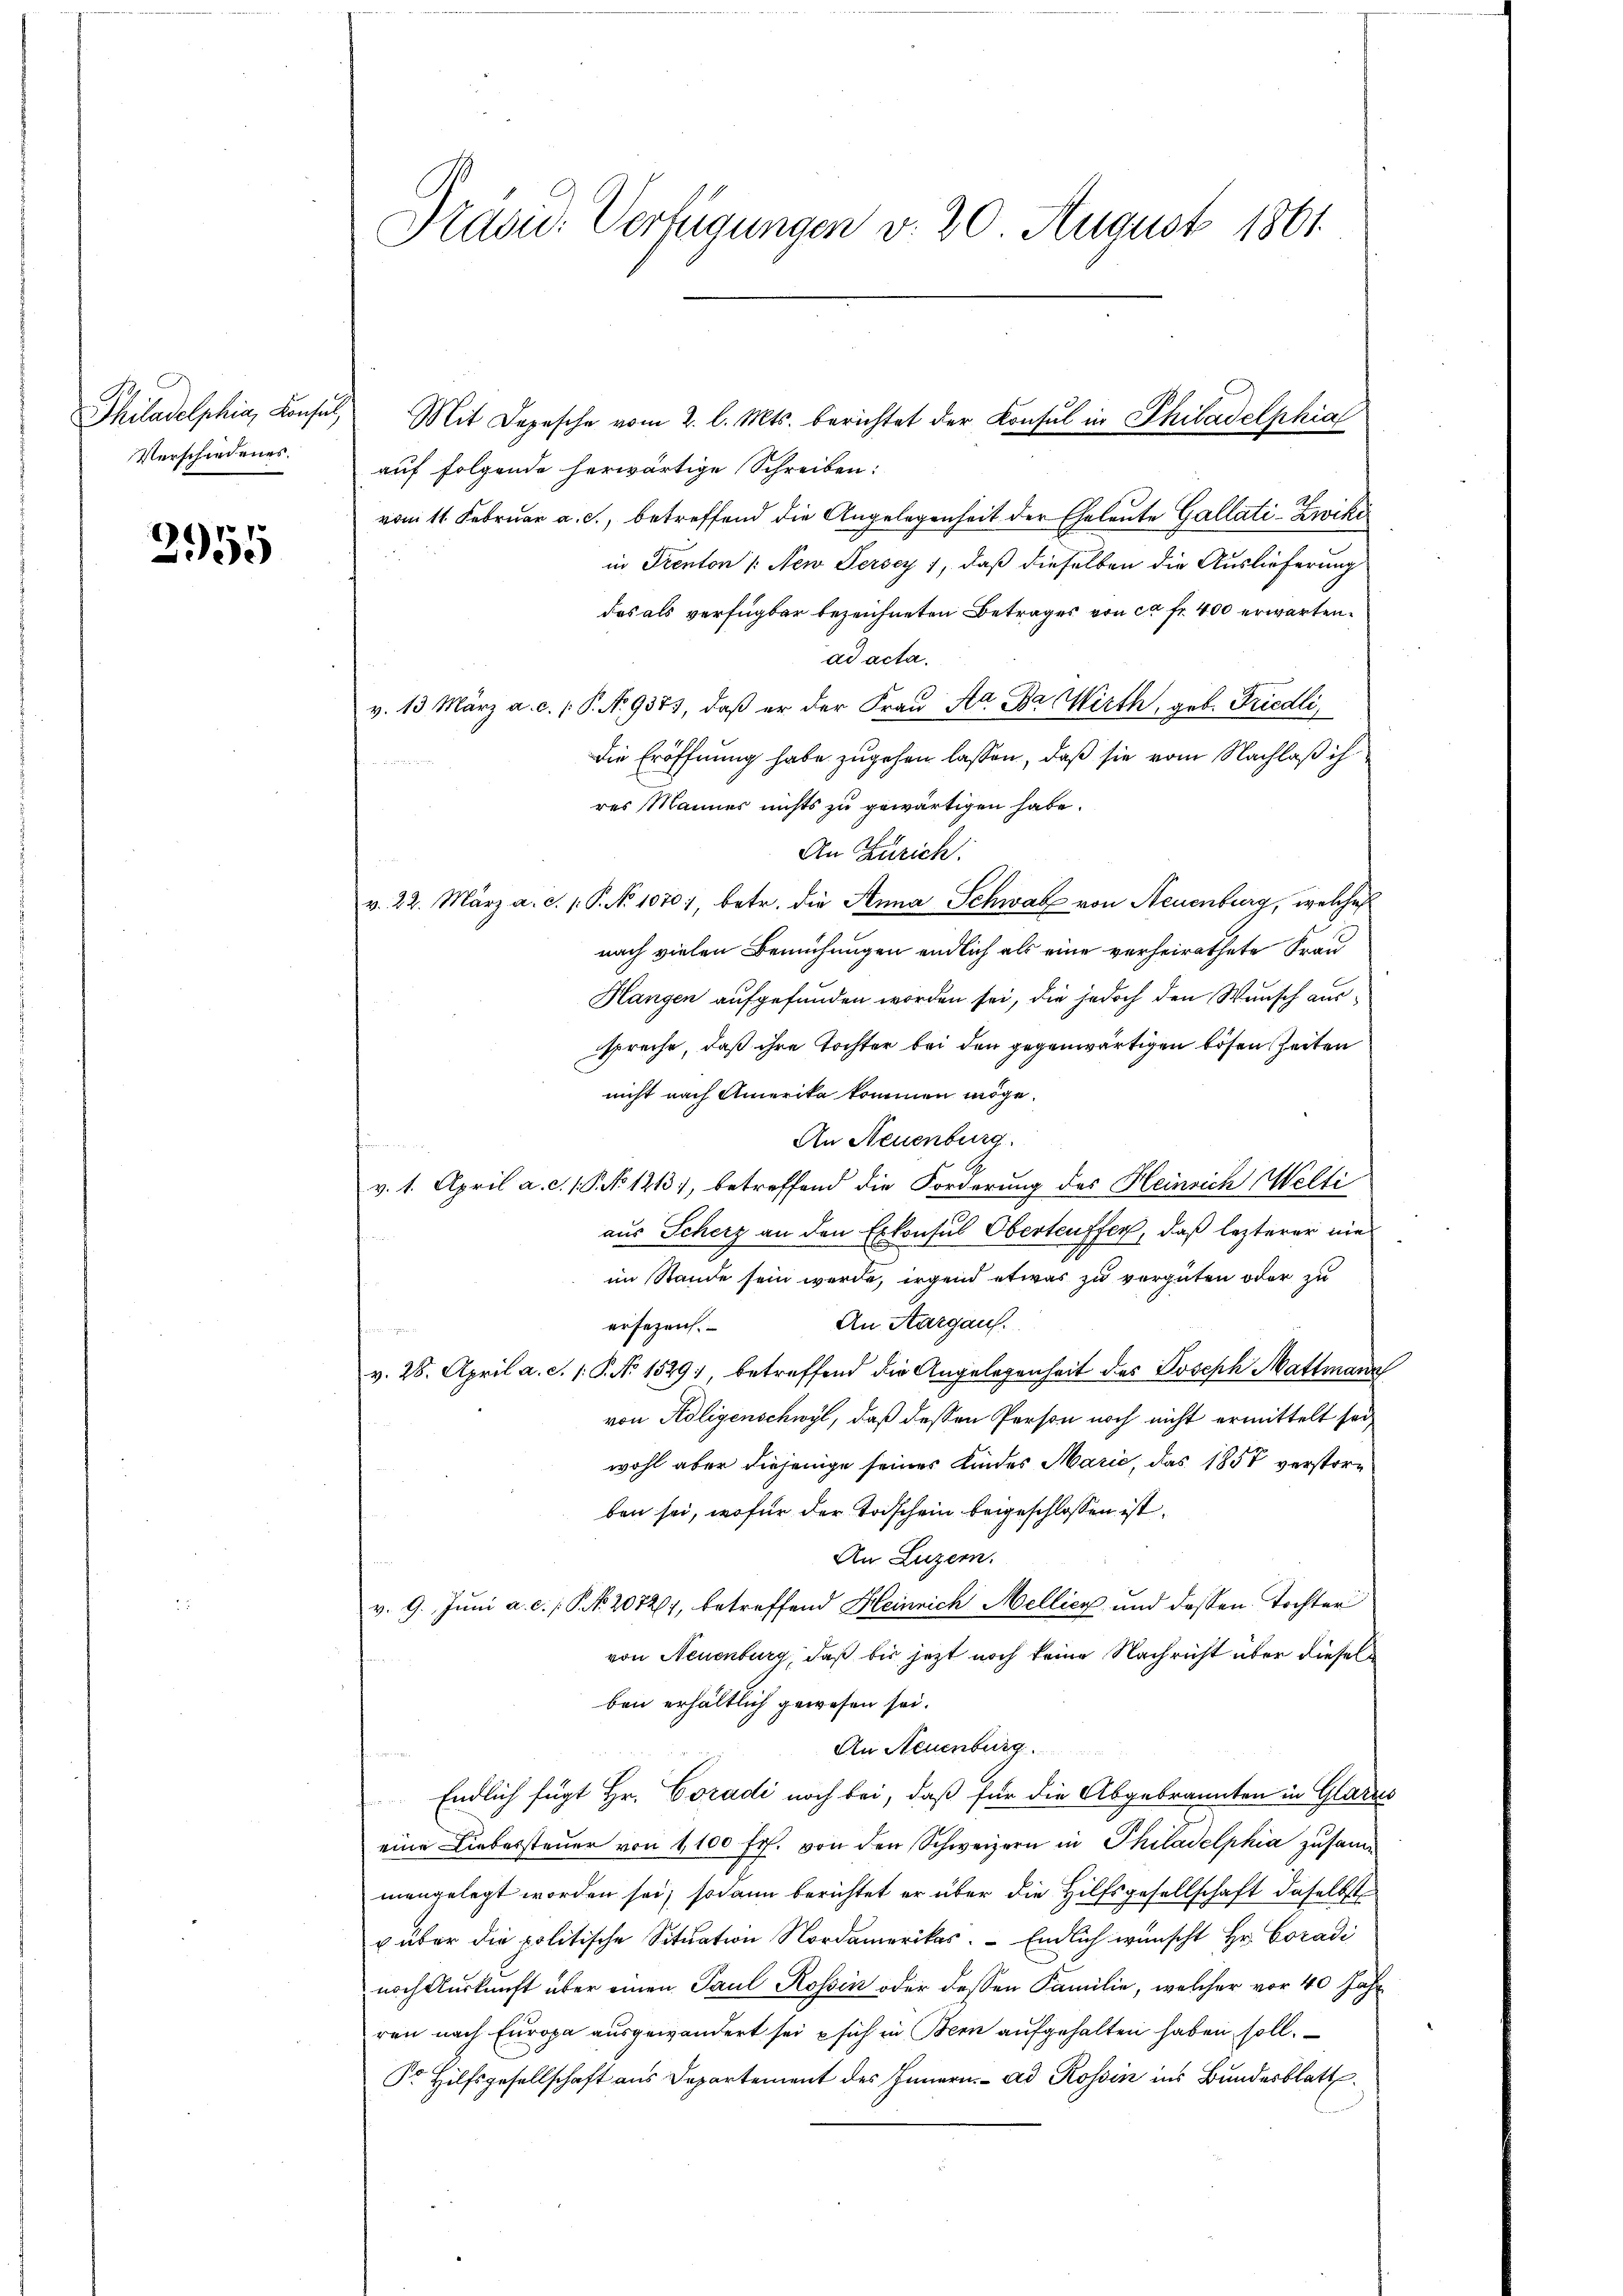
Philadelphia, Konsul,
Verschiedenes.

2955

Präsid. Verfügungen v. 20 August 1861.

Mit Depesche vom 2. l. Mts. berichtet der Konsul in Philadelphia
auf folgende herwärtige Schreiben:
vom 11. Februar a. c., betreffend die Angelegenheit der Eheleute Gallati-Zwiki
in Prenton /: New Jersey, daß dieselben die Auslieferung
das als verfügbar bezeichneten Betrages von ca Fr. 400 erwartendi acta.
v. 13 März a. c. 1 P. N. 937, daß er der Fraŭ Aa Ba Wirth, geb. Friedli
die Eröffnung habe zugehen lassen, daß sie vom Nachlaß ih
res Mannes nichts zu gewärtigen habe.
An Zürich.
v. 22. März a. c. 1. P. No 1070), betr. die Anna Schwab von Neuenburg, welches
nach vielen Bemühungen endlich als eine verheirathete Frau
Hangen aufgefunden worden sei, die jedoch den Wunsch ausspreche, daß ihre Tochter bei den gegenwärtigen bösen Zeiten
nicht nach Amerika kommen möge.
An Neuenburg.
v. 1. April a. c. (T. No 1213, betreffend die Forderung des Heinrich Welti
aus Scherz an den Erkonsul Oberteuffer, daß lezterer nie
im Stande sein werde, irgend etwas zu vergüten oder zu
An Aargaus.
ersezen.
v. 28. April a. c. 1. P. No 1529), betreffend die Angelegenheit des Joseph Mattmann
von Adligenschwyl, daß dessen Person noch nicht ermittelt sei,
wohl aber diejenige seines Kindes Marie, das 1857 verstorben sei, wofür der Todschein beigeschlossen ist.
An Luzern.
v. 9. Jŭni a. c. P. NNo. 207261, betreffend Heinrich Mellicz und dassen Tochter
von Neuenburg, daß bis jetzt noch keine Nachricht über dieselben erhältlich gewesen sei.
An Neuenburg
Endlich fügt Hr. Coradi noch bei, daß für die Abgebrannten in Glarus
eine Liebessteŭer von 1,100 fr. von den Schweizern in Philadelphia zusammangelegt worden sei; sodann berichtet er über die Hilfsgesellschaft daselbst
 über die politische Situation Nordamerikas. - Endlich wünscht Hr. Coradi
noch Auskunft über einen Paul Rossin oder dessen Familie, welcher vor 40 Jahr
ren nach Europa ausgewandert sei sich in Bern aufgehalten haben soll.
Dr. Hilfsgesellschaft aus Departement des Innern. ad Rossin ins Bundesblatt¬